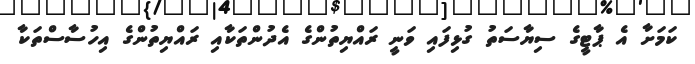
ކަމަށާ އެ ޕާޓީގެ ސިޔާސަތު ގުޅިފައި ވަނީ ރައްޔިތުންގެ އެދުންތަކާއި ރައްޔިތުންގެ އިހުސާސްތަކާ